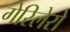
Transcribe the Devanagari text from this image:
गेरिलेरो